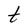
Character: t